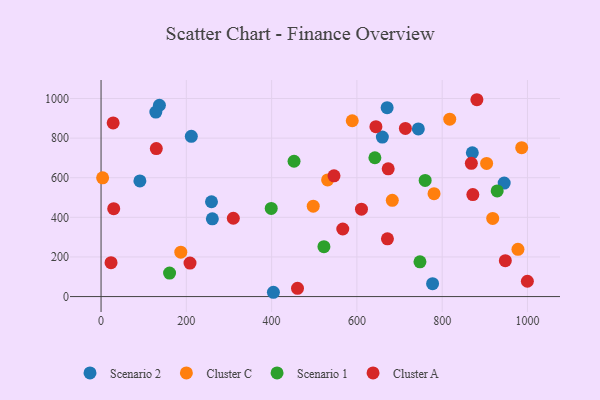
{"axis": {"x": "Engine Size", "y": "Fuel Efficiency"}, "legend": ["Cluster A", "Cluster C", "Scenario 1", "Scenario 2"], "data": [{"x": "945.4", "y": 572.9, "type": "Scenario 2"}, {"x": "259.0", "y": 478.6, "type": "Scenario 2"}, {"x": "404.2", "y": 21.7, "type": "Scenario 2"}, {"x": "136.9", "y": 966.0, "type": "Scenario 2"}, {"x": "659.7", "y": 805.4, "type": "Scenario 2"}, {"x": "777.5", "y": 65.2, "type": "Scenario 2"}, {"x": "670.9", "y": 953.5, "type": "Scenario 2"}, {"x": "870.7", "y": 726.0, "type": "Scenario 2"}, {"x": "261.0", "y": 392.3, "type": "Scenario 2"}, {"x": "744.1", "y": 846.3, "type": "Scenario 2"}, {"x": "211.7", "y": 809.1, "type": "Scenario 2"}, {"x": "128.5", "y": 931.6, "type": "Scenario 2"}, {"x": "91.1", "y": 584.0, "type": "Scenario 2"}, {"x": "187.0", "y": 224.2, "type": "Cluster C"}, {"x": "497.6", "y": 456.6, "type": "Cluster C"}, {"x": "531.3", "y": 589.0, "type": "Cluster C"}, {"x": "918.5", "y": 394.7, "type": "Cluster C"}, {"x": "904.2", "y": 672.2, "type": "Cluster C"}, {"x": "683.0", "y": 485.8, "type": "Cluster C"}, {"x": "977.7", "y": 238.4, "type": "Cluster C"}, {"x": "780.9", "y": 519.5, "type": "Cluster C"}, {"x": "817.7", "y": 895.8, "type": "Cluster C"}, {"x": "986.5", "y": 751.8, "type": "Cluster C"}, {"x": "3.7", "y": 599.4, "type": "Cluster C"}, {"x": "589.1", "y": 887.6, "type": "Cluster C"}, {"x": "522.7", "y": 252.0, "type": "Scenario 1"}, {"x": "929.0", "y": 533.2, "type": "Scenario 1"}, {"x": "399.1", "y": 444.8, "type": "Scenario 1"}, {"x": "747.9", "y": 175.2, "type": "Scenario 1"}, {"x": "160.7", "y": 118.4, "type": "Scenario 1"}, {"x": "452.6", "y": 683.3, "type": "Scenario 1"}, {"x": "760.1", "y": 586.3, "type": "Scenario 1"}, {"x": "642.2", "y": 700.8, "type": "Scenario 1"}, {"x": "871.9", "y": 514.9, "type": "Cluster A"}, {"x": "644.6", "y": 857.8, "type": "Cluster A"}, {"x": "460.7", "y": 41.6, "type": "Cluster A"}, {"x": "546.3", "y": 609.7, "type": "Cluster A"}, {"x": "129.6", "y": 747.1, "type": "Cluster A"}, {"x": "671.6", "y": 291.6, "type": "Cluster A"}, {"x": "28.4", "y": 876.7, "type": "Cluster A"}, {"x": "948.1", "y": 181.4, "type": "Cluster A"}, {"x": "881.4", "y": 993.8, "type": "Cluster A"}, {"x": "868.4", "y": 672.6, "type": "Cluster A"}, {"x": "208.6", "y": 169.3, "type": "Cluster A"}, {"x": "310.2", "y": 395.4, "type": "Cluster A"}, {"x": "999.8", "y": 77.4, "type": "Cluster A"}, {"x": "566.9", "y": 341.1, "type": "Cluster A"}, {"x": "610.7", "y": 441.4, "type": "Cluster A"}, {"x": "713.7", "y": 849.1, "type": "Cluster A"}, {"x": "673.4", "y": 644.8, "type": "Cluster A"}, {"x": "29.7", "y": 443.7, "type": "Cluster A"}, {"x": "23.4", "y": 171.2, "type": "Cluster A"}]}